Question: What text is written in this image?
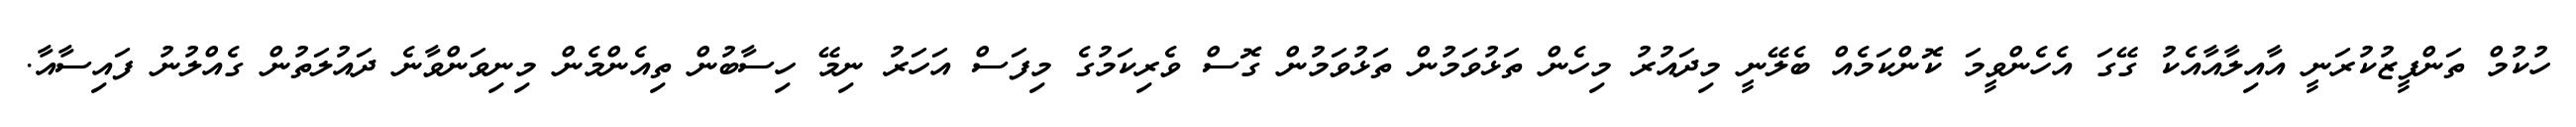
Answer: ހުކުމް ތަންފީޒުކުރަނީ އާއިލާއާއެކު ގޭގަ އެހެންވީމަ ކޮންކަމެއް ބެލޭނީ މިދައުރު މިހެން ތަޅުވަމުން ތަޅުވަމުން ގޮސް ވެރިކަމުގެ މިފަސް އަހަރު ނިމޭ ހިސާބުން ތިއެންމެން މިނިވަންވާނެ ދައުލަތުން ގެއްލުނު ފައިސާއާ.